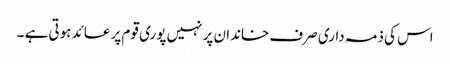
اس کی ذمہ داری صرف خاندان پر نہیں پوری قوم پر عائد ہوتی ہے ۔